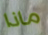
ماذا